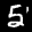
Label: 5